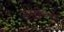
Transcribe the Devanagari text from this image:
नृत्यप्रशिक्षणाचे